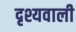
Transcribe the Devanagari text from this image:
दृश्यवाली